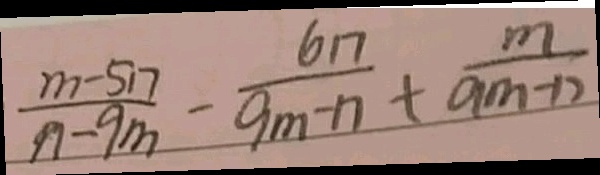
\frac { m - 5 n } { n - 9 m } - \frac { 6 n } { 9 m - n } + \frac { m } { 9 m - n }